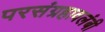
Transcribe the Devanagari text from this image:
परसंग्रहावलंबी